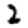
Digit: 2